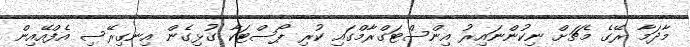
މާދަމާ ރޭގެ މެޗަށް ނިކުންނައިރު އިންސްޓަގްރާމްގައި ކުރި ޕޯސްޓަކާ ގުޅިގެން އިނގިރޭސި އެފްއޭއިން